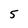
Character: 5